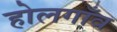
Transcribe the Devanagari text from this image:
होलगाँव